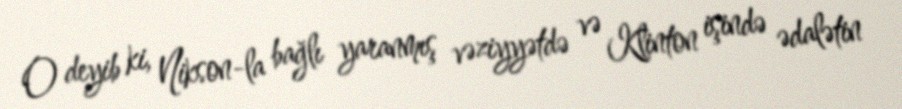
O deyib ki, Nikson-la bağlı yaranmış vəziyyətdə və Klinton işində ədalətin